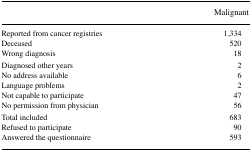
|  | Malignant |
 | --- | --- |
 | Reported from cancer registries | 1,334 |
 | Deceased | 520 |
 | Wrong diagnosis | 18 |
 | Diagnosed other years | 2 |
 | No address available | 6 |
 | Language problems | 2 |
 | Not capable to participate | 47 |
 | No permission from physician | 56 |
 | Total included | 683 |
 | Refused to participate | 90 |
 | Answered the questionnaire | 593 |